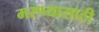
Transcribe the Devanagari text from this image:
मरण्यासाठी